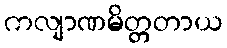
ကလျာဏမိတ္တတာယ